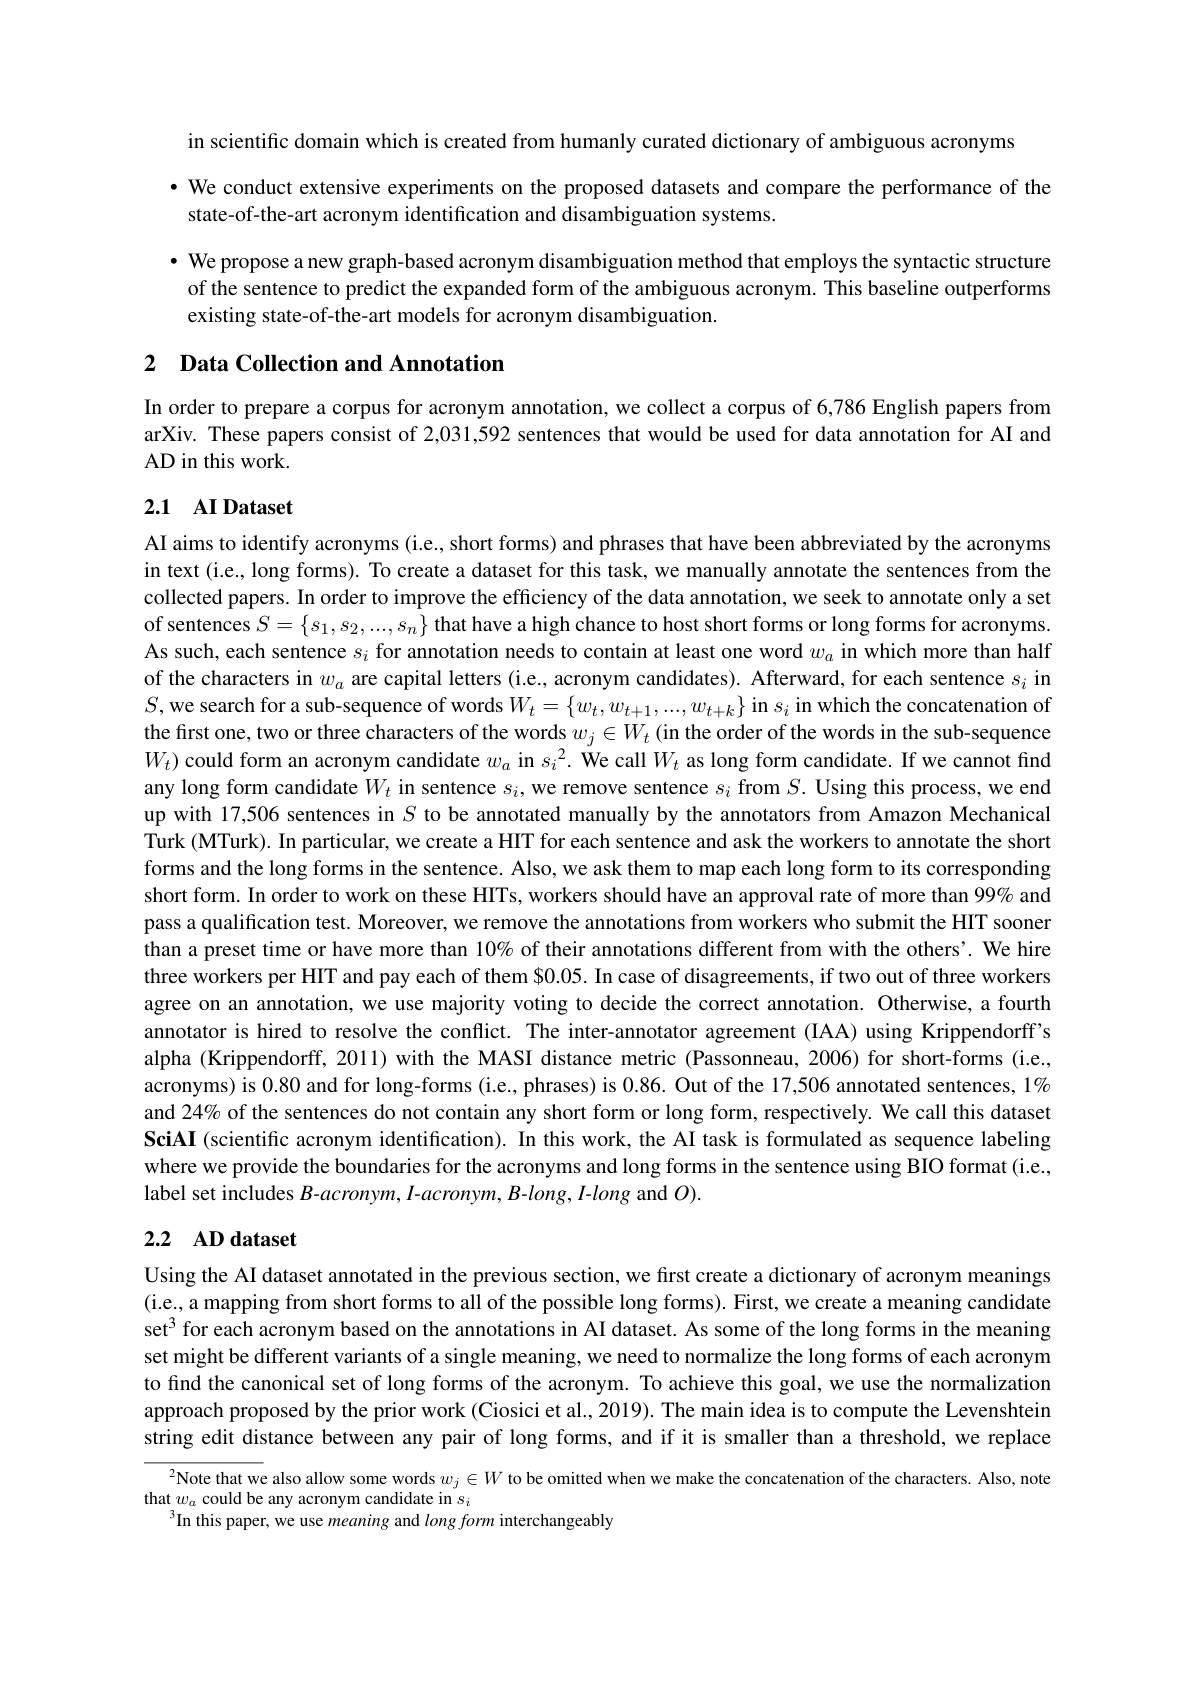
in scientific domain which is created from humanly curated dictionary of ambiguous acronyms
· We conduct extensive experiments on the proposed datasets and compare the performance of the
state-of-the-art acronym identification and disambiguation systems.

· We propose a new graph-based acronym disambiguation method that employs the syntactic structure of the sentence to predict the expanded form of the ambiguous acronym. This baseline outperforms existing state-of-the-art models for acronym disambiguation.

# 2 Data Collection and Annotation

In order to prepare a corpus for acronym annotation, we collect a corpus of 6,786 English papers from arXiv. These papers consist of 2,031,592 sentences that would be used for data annotation for AI and AD in this work.

# 2.1 AI Dataset

AI aims to identify acronyms (i.e., short forms) and phrases that have been abbreviated by the acronyms in text (i.e., long forms). To create a dataset for this task, we manually annotate the sentences from the collected papers. In order to improve the efficiency of the data annotation, we seek to annotate only a set of sentences $S=\{s_1,s_2,...,s_n\}$ that have a high chance to host short forms or long forms for acronyms. As such, each sentence $s_i$ for annotation needs to contain at least one word $w_a$ in which more than half of the characters in $w_a$ are capital letters (i.e., acronym candidates). Afterward, for each sentence $s_i$ in $S$, we search for a sub-sequence of words $W_t=\{w_t,w_{t+1},...,w_{t+k}\}$ in $s_i$ in which the concatenation of the first one, two or three characters of the words $w_j\in W_t$ (in the order of the words in the sub-sequence $W_t)$ could form an acronym candidate $w_a$ in $s_i^2.$ We call$W_t$ as long form candidate. If we cannot find any long form candidate $W_t$ in sentence $s_i$, we remove sentence $s_i$ from $S.$ Using this process, we end up with 17,506 sentences in $S$ to be annotated manually by the annotators from Amazon Mechanical Turk (MTurk). In particular, we create a HIT for each sentence and ask the workers to annotate the short forms and the long forms in the sentence. Also, we ask them to map each long form to its corresponding short form. In order to work on these HITs, workers should have an approval rate of more than 99% and pass a qualification test. Moreover, we remove the annotations from workers who submit the HIT sooner than a preset time or have more than $10\%$ of their annotations different from with the others'. We hire three workers per HIT and pay each of them $0.05. In case of disagreements, if two out of three workers agree on an annotation, we use majority voting to decide the correct annotation. Otherwise, a fourth annotator is hired to resolve the conflict. The inter-annotator agreement (IAA) using Krippendorff’s alpha (Krippendorff, 2011) with the MASI distance metric (Passonneau, 2006) for short-forms (i.e., acronyms) is 0.80 and for long-forms (i.e., phrases) is 0.86. Out of the 17,506 annotated sentences, 1% and 24% of the sentences do not contain any short form or long form, respectively. We call this dataset $\mathbf{SciAI}$ (scientific acronym identification). In this work, the AI task is formulated as sequence labeling where we provide the boundaries for the acronyms and long forms in the sentence using BIO format (i.e., label set includes B-acronym, I-acronym, B-long, I-long and $O).$

# 2.2 $\mathbf{AD}$ dataset

Using the AI dataset annotated in the previous section, we first create a dictionary of acronym meanings (i.e., a mapping from short forms to all of the possible long forms). First, we create a meaning candidate set$^{3}$ for each acronym based on the annotations in AI dataset. As some of the long forms in the meaning set might be different variants of a single meaning, we need to normalize the long forms of each acronym to find the canonical set of long forms of the acronym. To achieve this goal, we use the normalization approach proposed by the prior work (Ciosici et al., 2019). The main idea is to compute the Levenshtein string edit distance between any pair of long forms, and if it is smaller than a threshold, we replace

$^{2}$Note that we also allow some words $w_j\in W$ to be omitted when we make the concatenation of the characters. Also, note
that $w_a$ could be any acronym candidate in $s_i$
$^{3}$In this paper, we use meaning and long form interchangeably